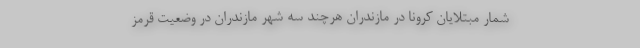
شمار مبتلایان کرونا در مازندران هرچند سه شهر مازندران در وضعیت قرمز